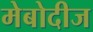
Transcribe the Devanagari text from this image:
मेबोदीज